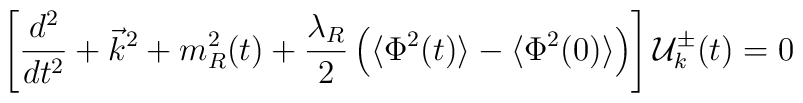
\left[\frac{d^2}{dt^2}+\vec{k}^2+m^2_R(t)+\frac{\lambda_R}{2}\left(\langle\Phi^2(t)\rangle-\langle\Phi^2(0)\rangle\right)\right]{\cal{U}}^{\pm}_k(t)=0